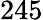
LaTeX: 245